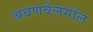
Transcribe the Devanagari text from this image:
श्रवणवेलगोल